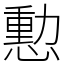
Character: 憅